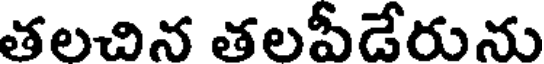
తలచిన తలపీడేరును